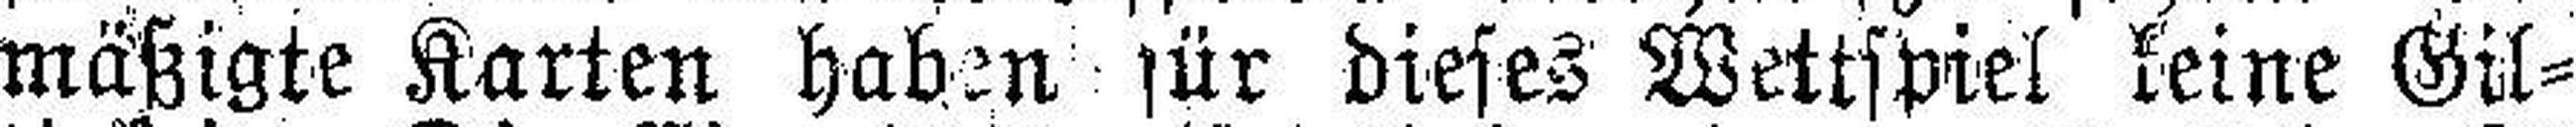
mäßigte Karten haben für dieses Wettspiel keine Gil¬